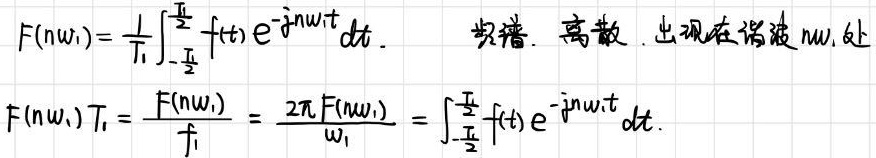
\[
\begin{align*}
F(n\omega_1)&=\frac{1}{T_1}\int_{-\frac{T_1}{2}}^{\frac{T_1}{2}} f(t)e^{-jn\omega_1 t}dt.\\
F(n\omega_1)T_1&=\frac{F(n\omega_1)}{f_1}=\frac{2\pi F(n\omega_1)}{\omega_1}=\int_{-\frac{T_1}{2}}^{\frac{T_1}{2}} f(t)e^{-jn\omega_1 t}dt.
\end{align*}
\]
 频谱. 离散. 出现在谐波 \(n\omega_1\) 处